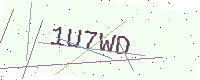
Text: 1U7WD